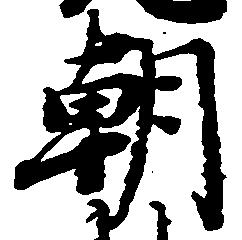
朝